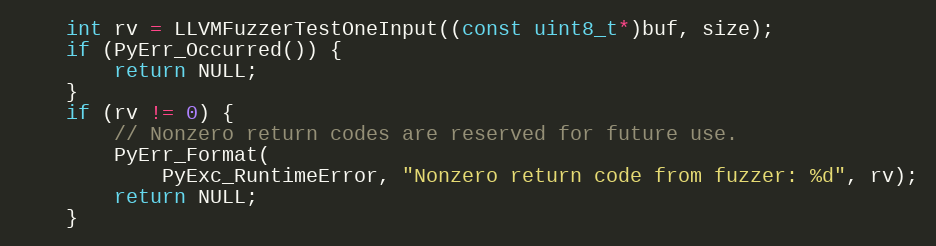
Language: C
    int rv = LLVMFuzzerTestOneInput((const uint8_t*)buf, size);
    if (PyErr_Occurred()) {
        return NULL;
    }
    if (rv != 0) {
        // Nonzero return codes are reserved for future use.
        PyErr_Format(
            PyExc_RuntimeError, "Nonzero return code from fuzzer: %d", rv);
        return NULL;
    }